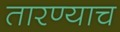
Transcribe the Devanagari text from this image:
तारण्याच